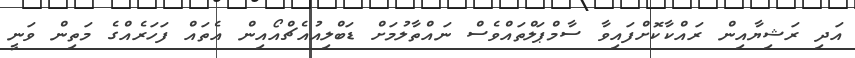
އަދި ރަޝިޔާއިން ރައްކާކޮށްފައިވާ ސާމްޕަލްތައްވެސް ނައްތާލުމަށް ޑަބްލިއުއެޗްއޯއިން އެތައް ފަހަރެއްގެ މަތިން ވަނީ